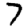
Digit: 7